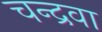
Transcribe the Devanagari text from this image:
चन्द्रवा